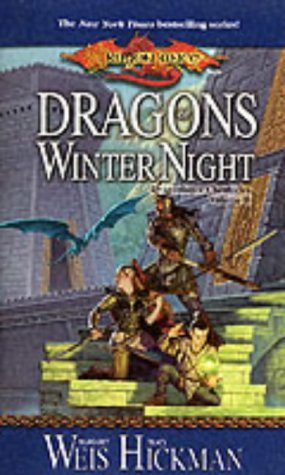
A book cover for Dragons of Winter Night (Dragonlance Chronicles, Volume II); Margaret Weis; Science Fiction & Fantasy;